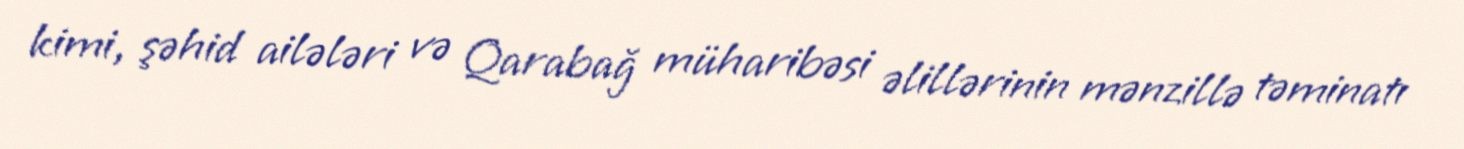
kimi, şəhid ailələri və Qarabağ müharibəsi əlillərinin mənzillə təminatı